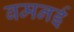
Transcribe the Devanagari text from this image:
बमनई